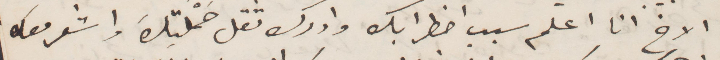
الأخ انا اعلم سبب اضطرابك وادرك ثقل حملتك واشعر معك